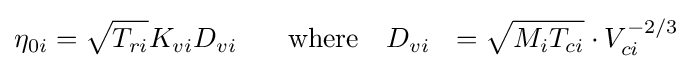
\eta _{0i}={\sqrt {T_{ri}}}K_{vi}D_{vi}\ \ \,\quad {\text{where}}\quad D_{vi}\ \ ={\sqrt {M_{i}T_{ci}}}\cdot V_{ci}^{-2/3}